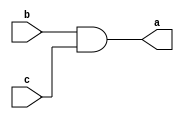
module and_op (a, b, c);
output a;
input b, c;
`ifdef behavioral
wire a = b & c;
`else
and a1 (a,b,c);
`endif
endmodule